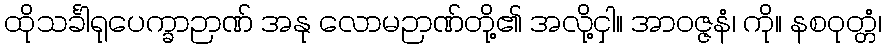
ထိုသင်္ခါရုပေက္ခာဉာဏ် အနု လောမဉာဏ်တို့၏ အလို့ငှါ။ အာဝဇ္ဇနံ၊ ကို။ နစဝုတ္တံ၊